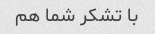
با تشکر شما هم